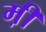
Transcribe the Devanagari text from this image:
म़ी